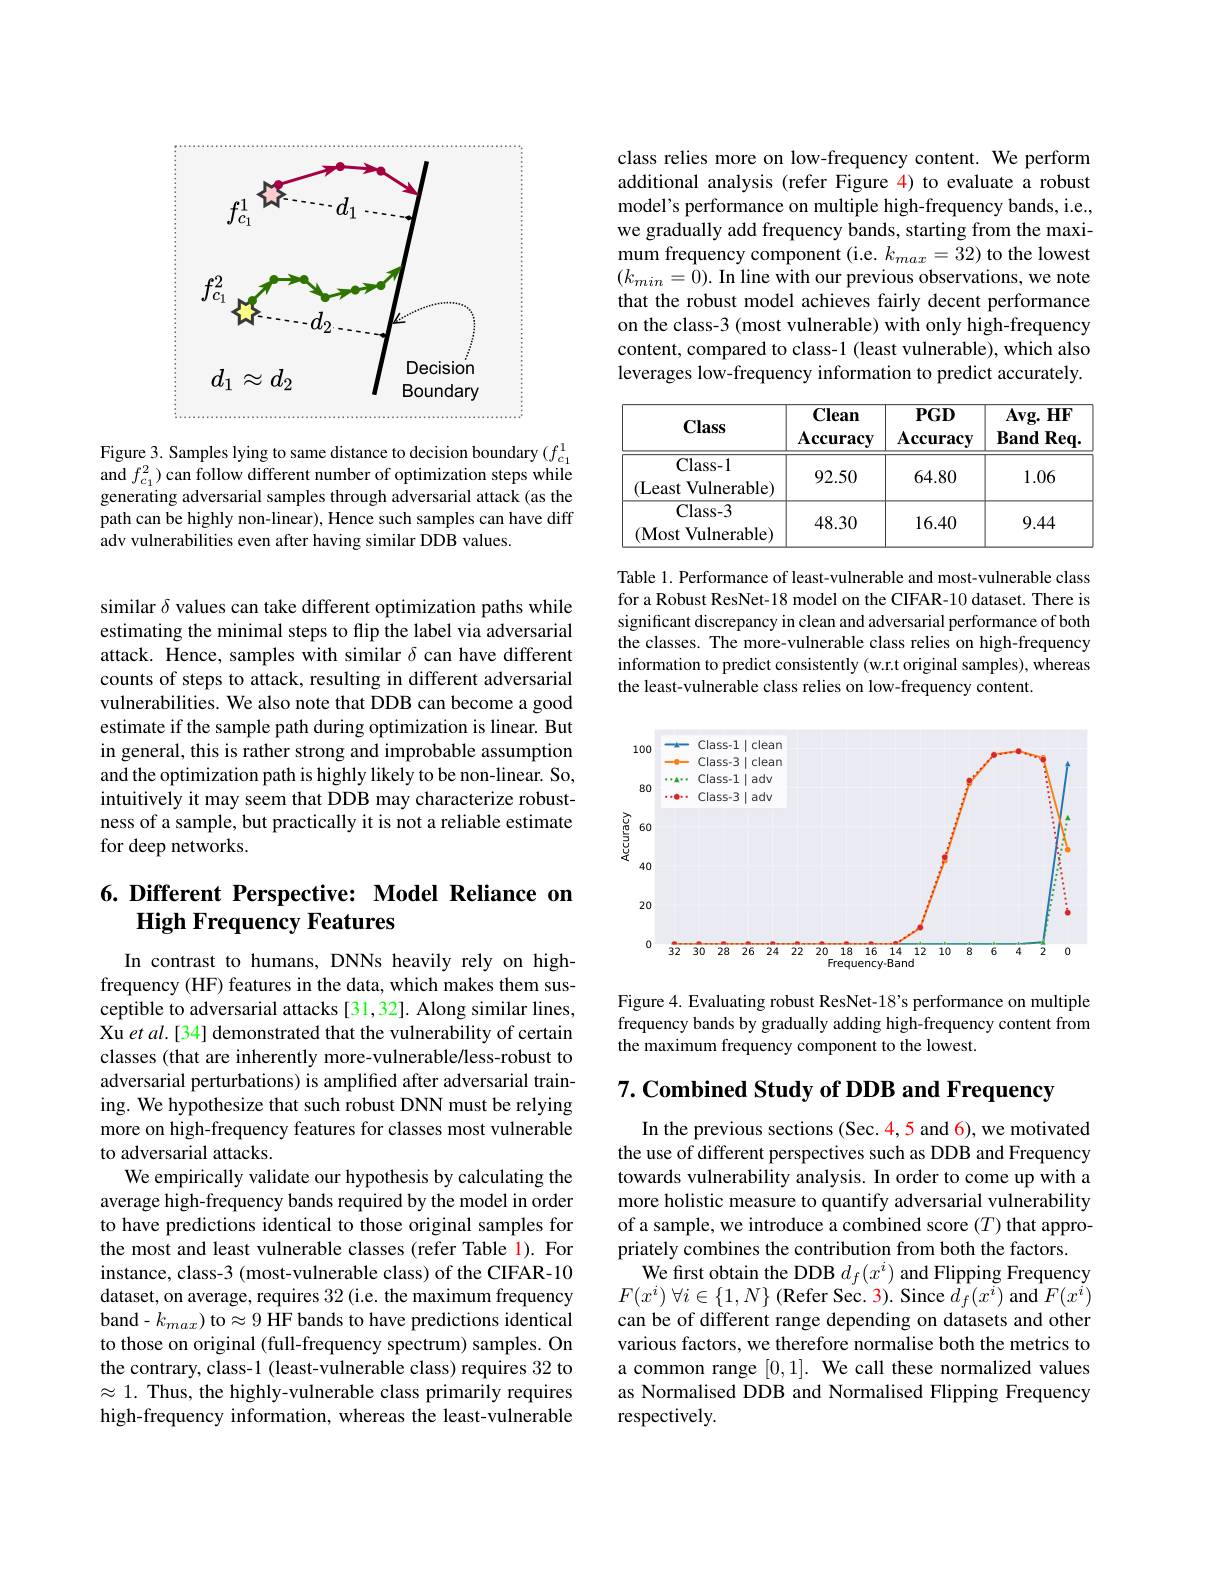
<FigureHere>

Figure 3. Samples lying to same distance to decision boundary $(f_{c_1}^{1}$ and $f_{c_{1}}^{2})$ can follow different number of optimization steps while generating adversarial samples through adversarial attack (as the path can be highly non-linear), Hence such samples can have diff adv vulnerabilities even after having similar DDB values.

similar $\delta$ values can take different optimization paths while estimating the minimal steps to flip the label via adversarial attack. Hence, samples with similar $\delta$ can have different counts of steps to attack, resulting in different adversarial vulnerabilities. We also note that DDB can become a good estimate if the sample path during optimization is linear. But in general, this is rather strong and improbable assumption and the optimization path is highly likely to be non-linear. So, intuitively it may seem that DDB may characterize robustness of a sample, but practically it is not a reliable estimate for deep networks.

## 6.Different Perspective: Model Reliance on High Frequency Features

In contrast to humans, DNNs heavily rely on highfrequency (HF) features in the data, which makes them susceptible to adversarial attacks [31,32]. Along similar lines, Xu et al.[34] demonstrated that the vulnerability of certain classes (that are inherently more-vulnerable/less-robust to adversarial perturbations) is amplified after adversarial training. We hypothesize that such robust DNN must be relying more on high-frequency features for classes most vulnerable to adversarial attacks.
We empirically validate our hypothesis by calculating the average high-frequency bands required by the model in order to have predictions identical to those original samples for the most and least vulnerable classes (refer Table 1). For instance, class-3 ( most-vulnerable class) of the CIFAR-10 dataset, on average, requires 32 (i.e. the maximum frequency band-$k_{max})$ to$\approx9$ HF bands to have predictions identical to those on original (full-frequency spectrum) samples. On the contrary, class-1 (least-vulnerable class) requires 32 to $\approx1.$ Thus, the highly-vulnerable class primarily requires high-frequency information, whereas the least-vulnerable

class relies more on low-frequency content. We perform additional analysis (refer Figure 4) to evaluate a robust model's performance on multiple high-frequency bands, i.e., we gradually add frequency bands, starting from the maximum frequency component (i.e. $k_{max}=32)$ to the lowest $(k_{min}=0).$ In line with our previous observations, we note that the robust model achieves fairly decent performance on the class-3 (most vulnerable) with only high-frequency content, compared to class-1 (least vulnerable), which also leverages low-frequency information to predict accurately.

<table>
	<tbody>
		<tr>
			<th>Class</th>
			<th>Clean $\mathbf{Accuracy}$</th>
			<th>$PGD$ $\mathbf{Accuracy}$</th>
			<th>$\mathbf{Avg.HF}$ $\textbf{Band Req}.$</th>
		</tr>
		<tr>
			<td>Class- 1 (Least Vulnerable)</td>
			<td>92.50</td>
			<td>64.80</td>
			<td>1.06</td>
		</tr>
		<tr>
			<td>Class- 3 (Most Vulnerable)</td>
			<td>48.30</td>
			<td>16.40</td>
			<td>9.44</td>
		</tr>
	</tbody>
</table>

Table 1. Performance of least-vulnerable and most-vulnerable class for a Robust ResNet-18 model on the CIFAR-10 dataset. There is significant discrepancy in clean and adversarial performance of both the classes. The more-vulnerable class relies on high-frequency information to predict consistently (w.r.t original samples), whereas the least-vulnerable class relies on low-frequency content.

<FigureHere>

Figure 4. Evaluating robust ResNet-18's performance on multiple frequency bands by gradually adding high-frequency content from the maximum frequency component to the lowest.

$7. \textbf{Combined Study of DDB and Frequency}$

In the previous sections (Sec. 4, 5 and 6), we motivated the use of different perspectives such as DDB and Frequency towards vulnerability analysis. In order to come up with a more holistic measure to quantify adversarial vulnerability of a sample, we introduce a combined score $(T)$ that appropriately combines the contribution from both the factors.
We first obtain the DDB $d_f(x^i)$ and Flipping Frequency $F( x^{i})$ $\forall i\in \{ 1, N\}$ (Refer Sec. 3). Since $\hat{d}_f(x^{i})$ and $F(x^{i})$ can be of different range depending on datasets and other various factors, we therefore normalise both the metrics to a common range [0,1]. We call these normalized values as Normalised DDB and Normalised Flipping Frequency respectively.